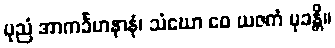
ပုညံ အာကင်္ခဟနာနံ၊ သံဃော ဝေ ယဇကံ မုခန္တိ။